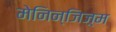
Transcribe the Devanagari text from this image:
मेनिन्जिज़्म